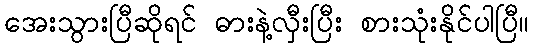
အေးသွားပြီဆိုရင် ဓားနဲ့လှီးပြီး စားသုံးနိုင်ပါပြီ။